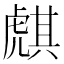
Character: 𧇫